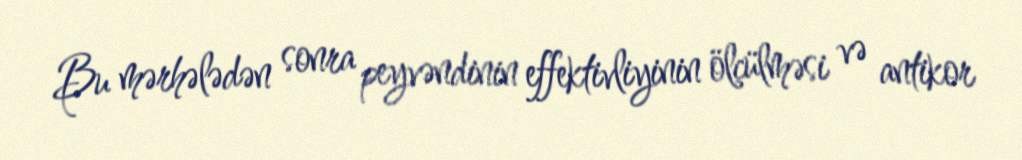
Bu mərhələdən sonra peyvəndinin effektivliyinin ölçülməsi və antikor